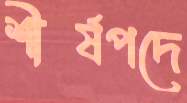
শীর্ষপদে